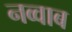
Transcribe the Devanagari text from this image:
नव्वाब